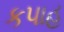
કપાહ